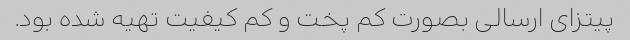
پیتزای ارسالی بصورت کم پخت و کم کیفیت تهیه شده بود.